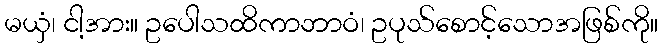
မယှံ၊ ငါ့အား။ ဥပေါသထိကာဘာဝံ၊ ဥပုသ်စောင့်သောအဖြစ်ကို။